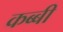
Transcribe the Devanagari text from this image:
कब्बी